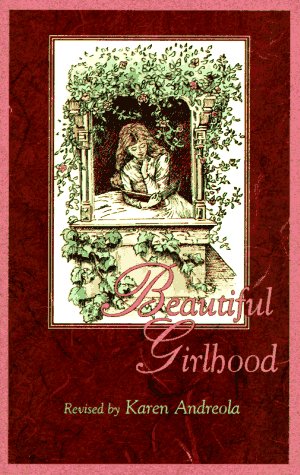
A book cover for Beautiful Girlhood: Revised by Karen Andreola; Karen Andreola; Christian Books & Bibles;